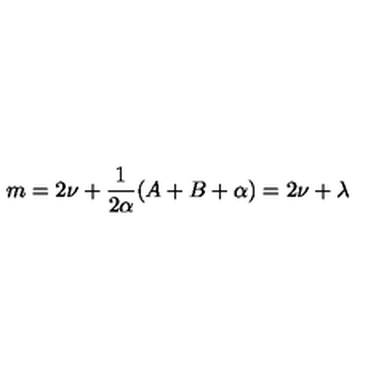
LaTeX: m = 2 \nu + \frac { 1 } { 2 \alpha } ( A + B + \alpha ) = 2 \nu + \lambda